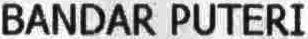
BANDAR PUTERI